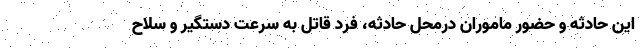
این حادثه و حضور ماموران درمحل حادثه، فرد قاتل به سرعت دستگیر و سلاح